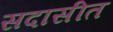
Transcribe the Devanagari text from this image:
सदासीत